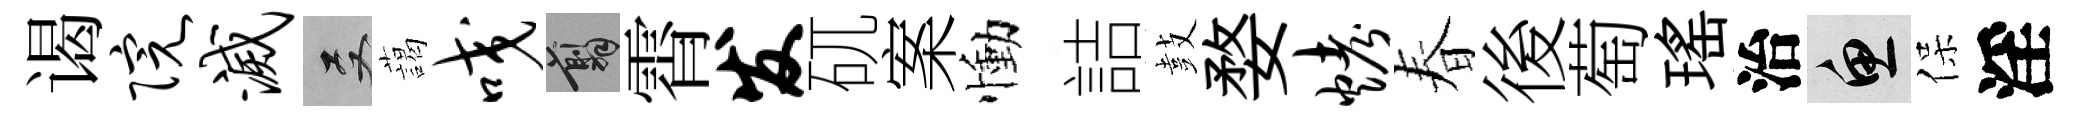
谒院灭双藹咬翦霄发矹案慟詰鼓婺烤春後萄瑶治魚保淫